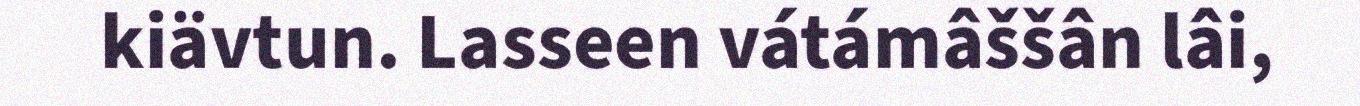
kiävtun. Lasseen vátámâššân lâi,